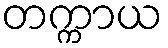
တက္ကာယ